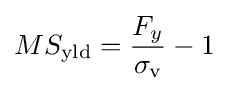
MS_{\text{yld}}={\frac {F_{y}}{\sigma _{\text{v}}}}-1